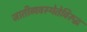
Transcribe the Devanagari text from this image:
जातीव्यवस्थेतेविरूद्ध